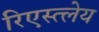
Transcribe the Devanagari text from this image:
रिएस्त्लेय